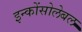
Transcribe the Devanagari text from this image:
इन्कोंसोलेबल